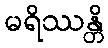
မရိဿန္တိ